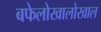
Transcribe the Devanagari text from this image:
बफेलोखालोखाल